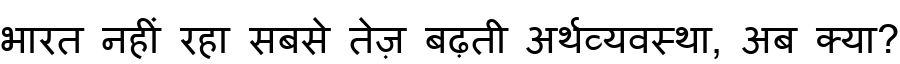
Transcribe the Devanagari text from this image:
भारत नहीं रहा सबसे तेज़ बढ़ती अर्थव्यवस्था, अब क्या?